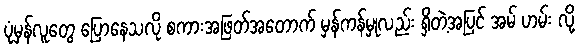
ပုံမှန်လူတွေ ပြောနေသလို စကားအဖြတ်အတောက် မှန်ကန်မှုလည်း ရှိတဲ့အပြင် အမ် ဟမ်း လို့